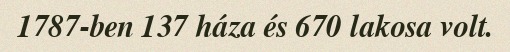
1787-ben 137 háza és 670 lakosa volt.